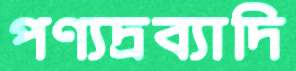
পণ্যদ্রব্যাদি